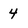
Character: 4